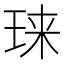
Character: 𱮾